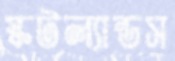
স্কটল্যান্ডস